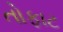
તોફાટ